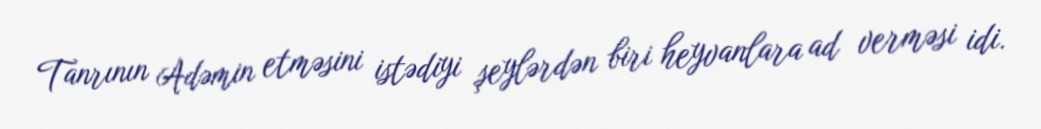
Tanrının Adəmin etməsini istədiyi şeylərdən biri heyvanlara ad verməsi idi.